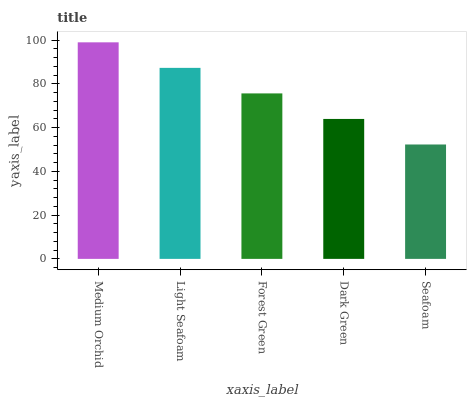
| xaxis_label | bars |
 | --- | --- |
 | Medium Orchid | 99 |
 | Light Seafoam | 87.3 |
 | Forest Green | 75.6 |
 | Dark Green | 64 |
 | Seafoam | 52.3 |